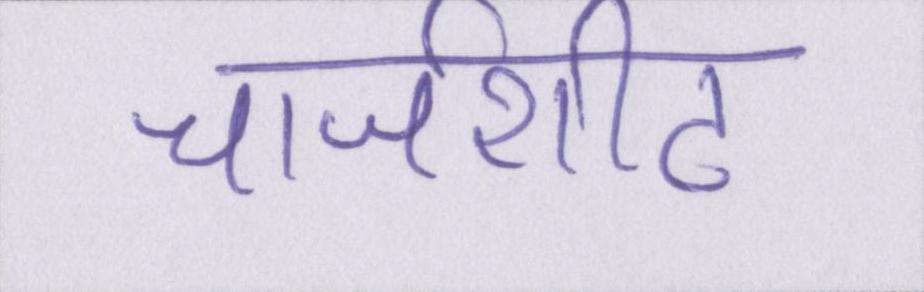
चार्जशीट